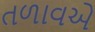
તળાવએ